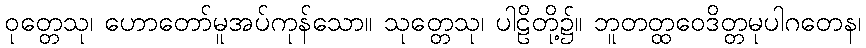
ဝုတ္တေသု၊ ဟောတော်မူအပ်ကုန်သော။ သုတ္တေသု၊ ပါဠိတို့၌။ ဘူတတ္ထဝေဒိတ္တမုပါဂတေန၊